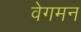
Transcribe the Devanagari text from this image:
वेगमन